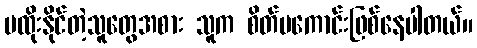
မထိုးနိုင်တဲ့သူတွေအစား သူက စိတ်မကောင်းဖြစ်နေပါတယ်။